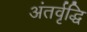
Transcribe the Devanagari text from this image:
अंतर्वृद्धि